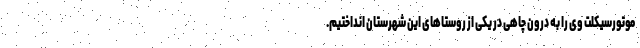
موتورسیکلت وی را به درون چاهی در یکی از روستاهای این شهرستان انداختیم.